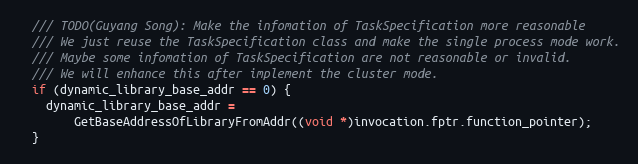
Language: C++
  /// TODO(Guyang Song): Make the infomation of TaskSpecification more reasonable
  /// We just reuse the TaskSpecification class and make the single process mode work.
  /// Maybe some infomation of TaskSpecification are not reasonable or invalid.
  /// We will enhance this after implement the cluster mode.
  if (dynamic_library_base_addr == 0) {
    dynamic_library_base_addr =
        GetBaseAddressOfLibraryFromAddr((void *)invocation.fptr.function_pointer);
  }